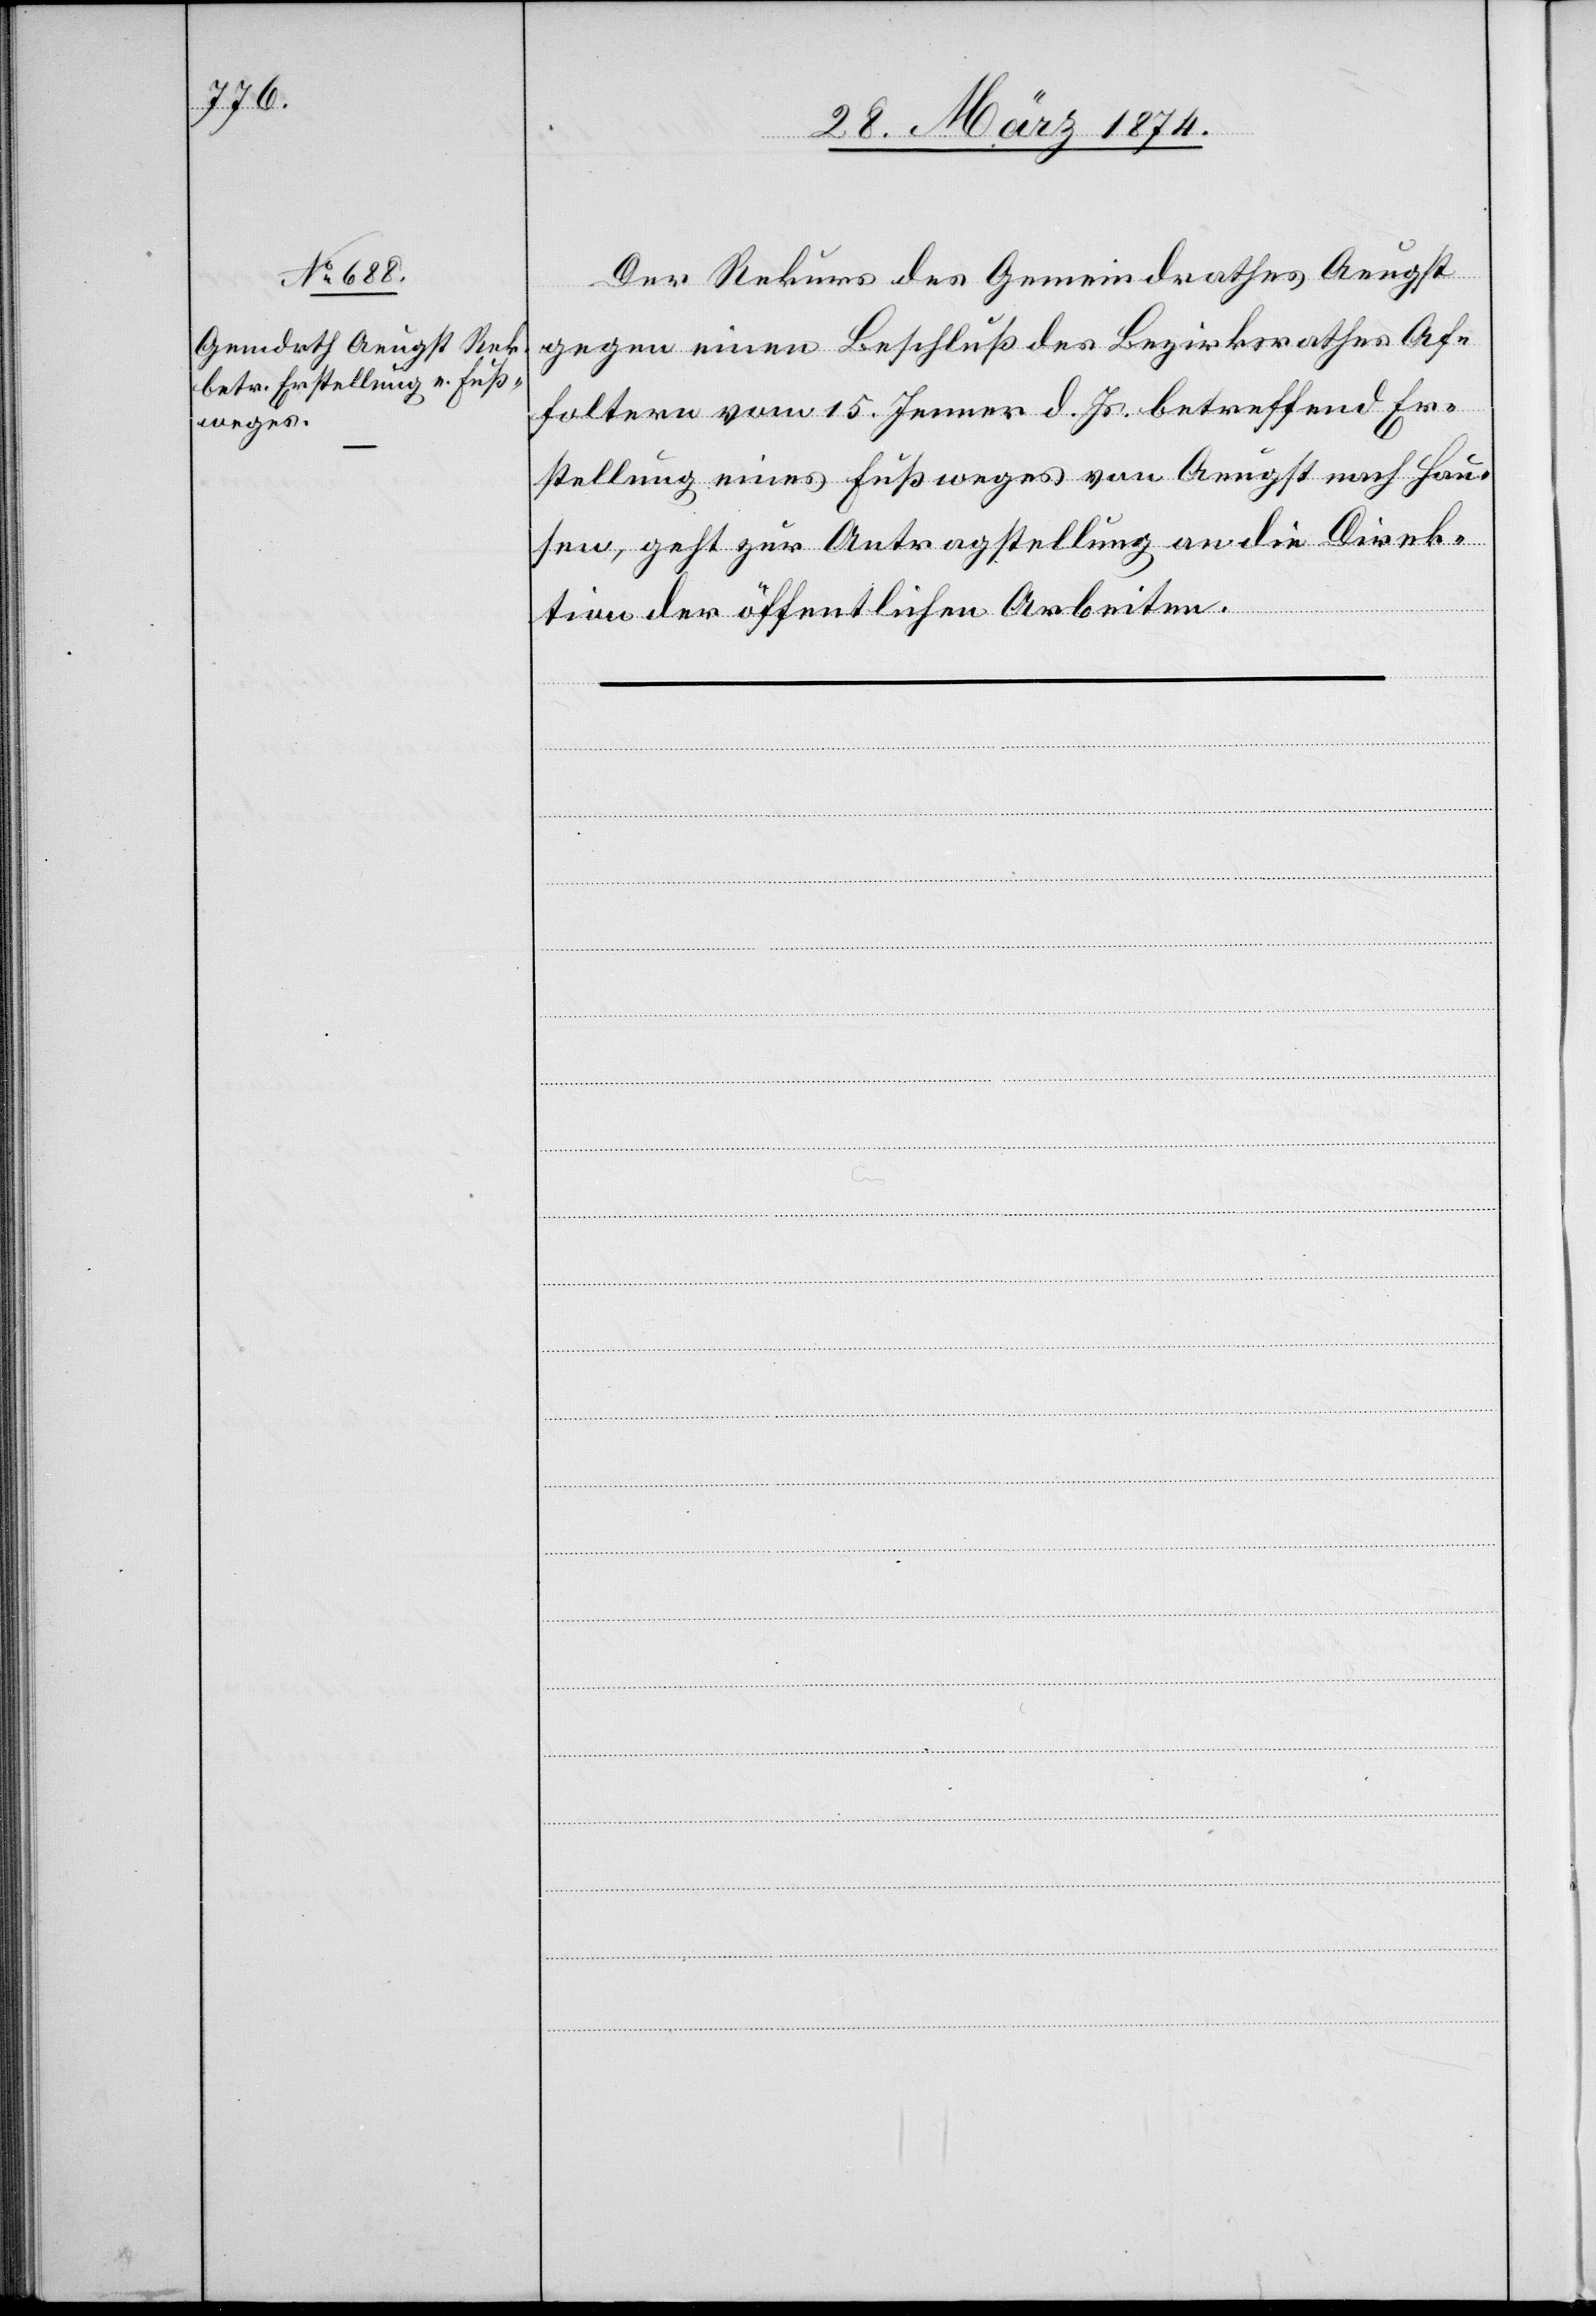
2. April 1874.]
Der Rekurs des Gemeindrathes Aeugst
gegen einen Beschluß des Bezirksrathes Af¬
foltern vom 15. Jenner d. Js. betreffend Er¬
stellung eines Fußweges von Aeugst nach Hau¬
sen, geht zur Antragstellung an die Direk¬
tion der öffentlichen Arbeiten.